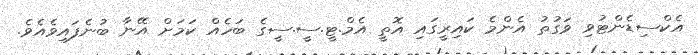
އެކްސިޑެންޓުވި ވަގުތު އެންމެ ކައިރީގައި އޮތީ އެމް.ޓީ.ސީ.ސީގެ ބަހެއް ކަމަށް އޭނާ ބުނެފައިވެއެވެ.